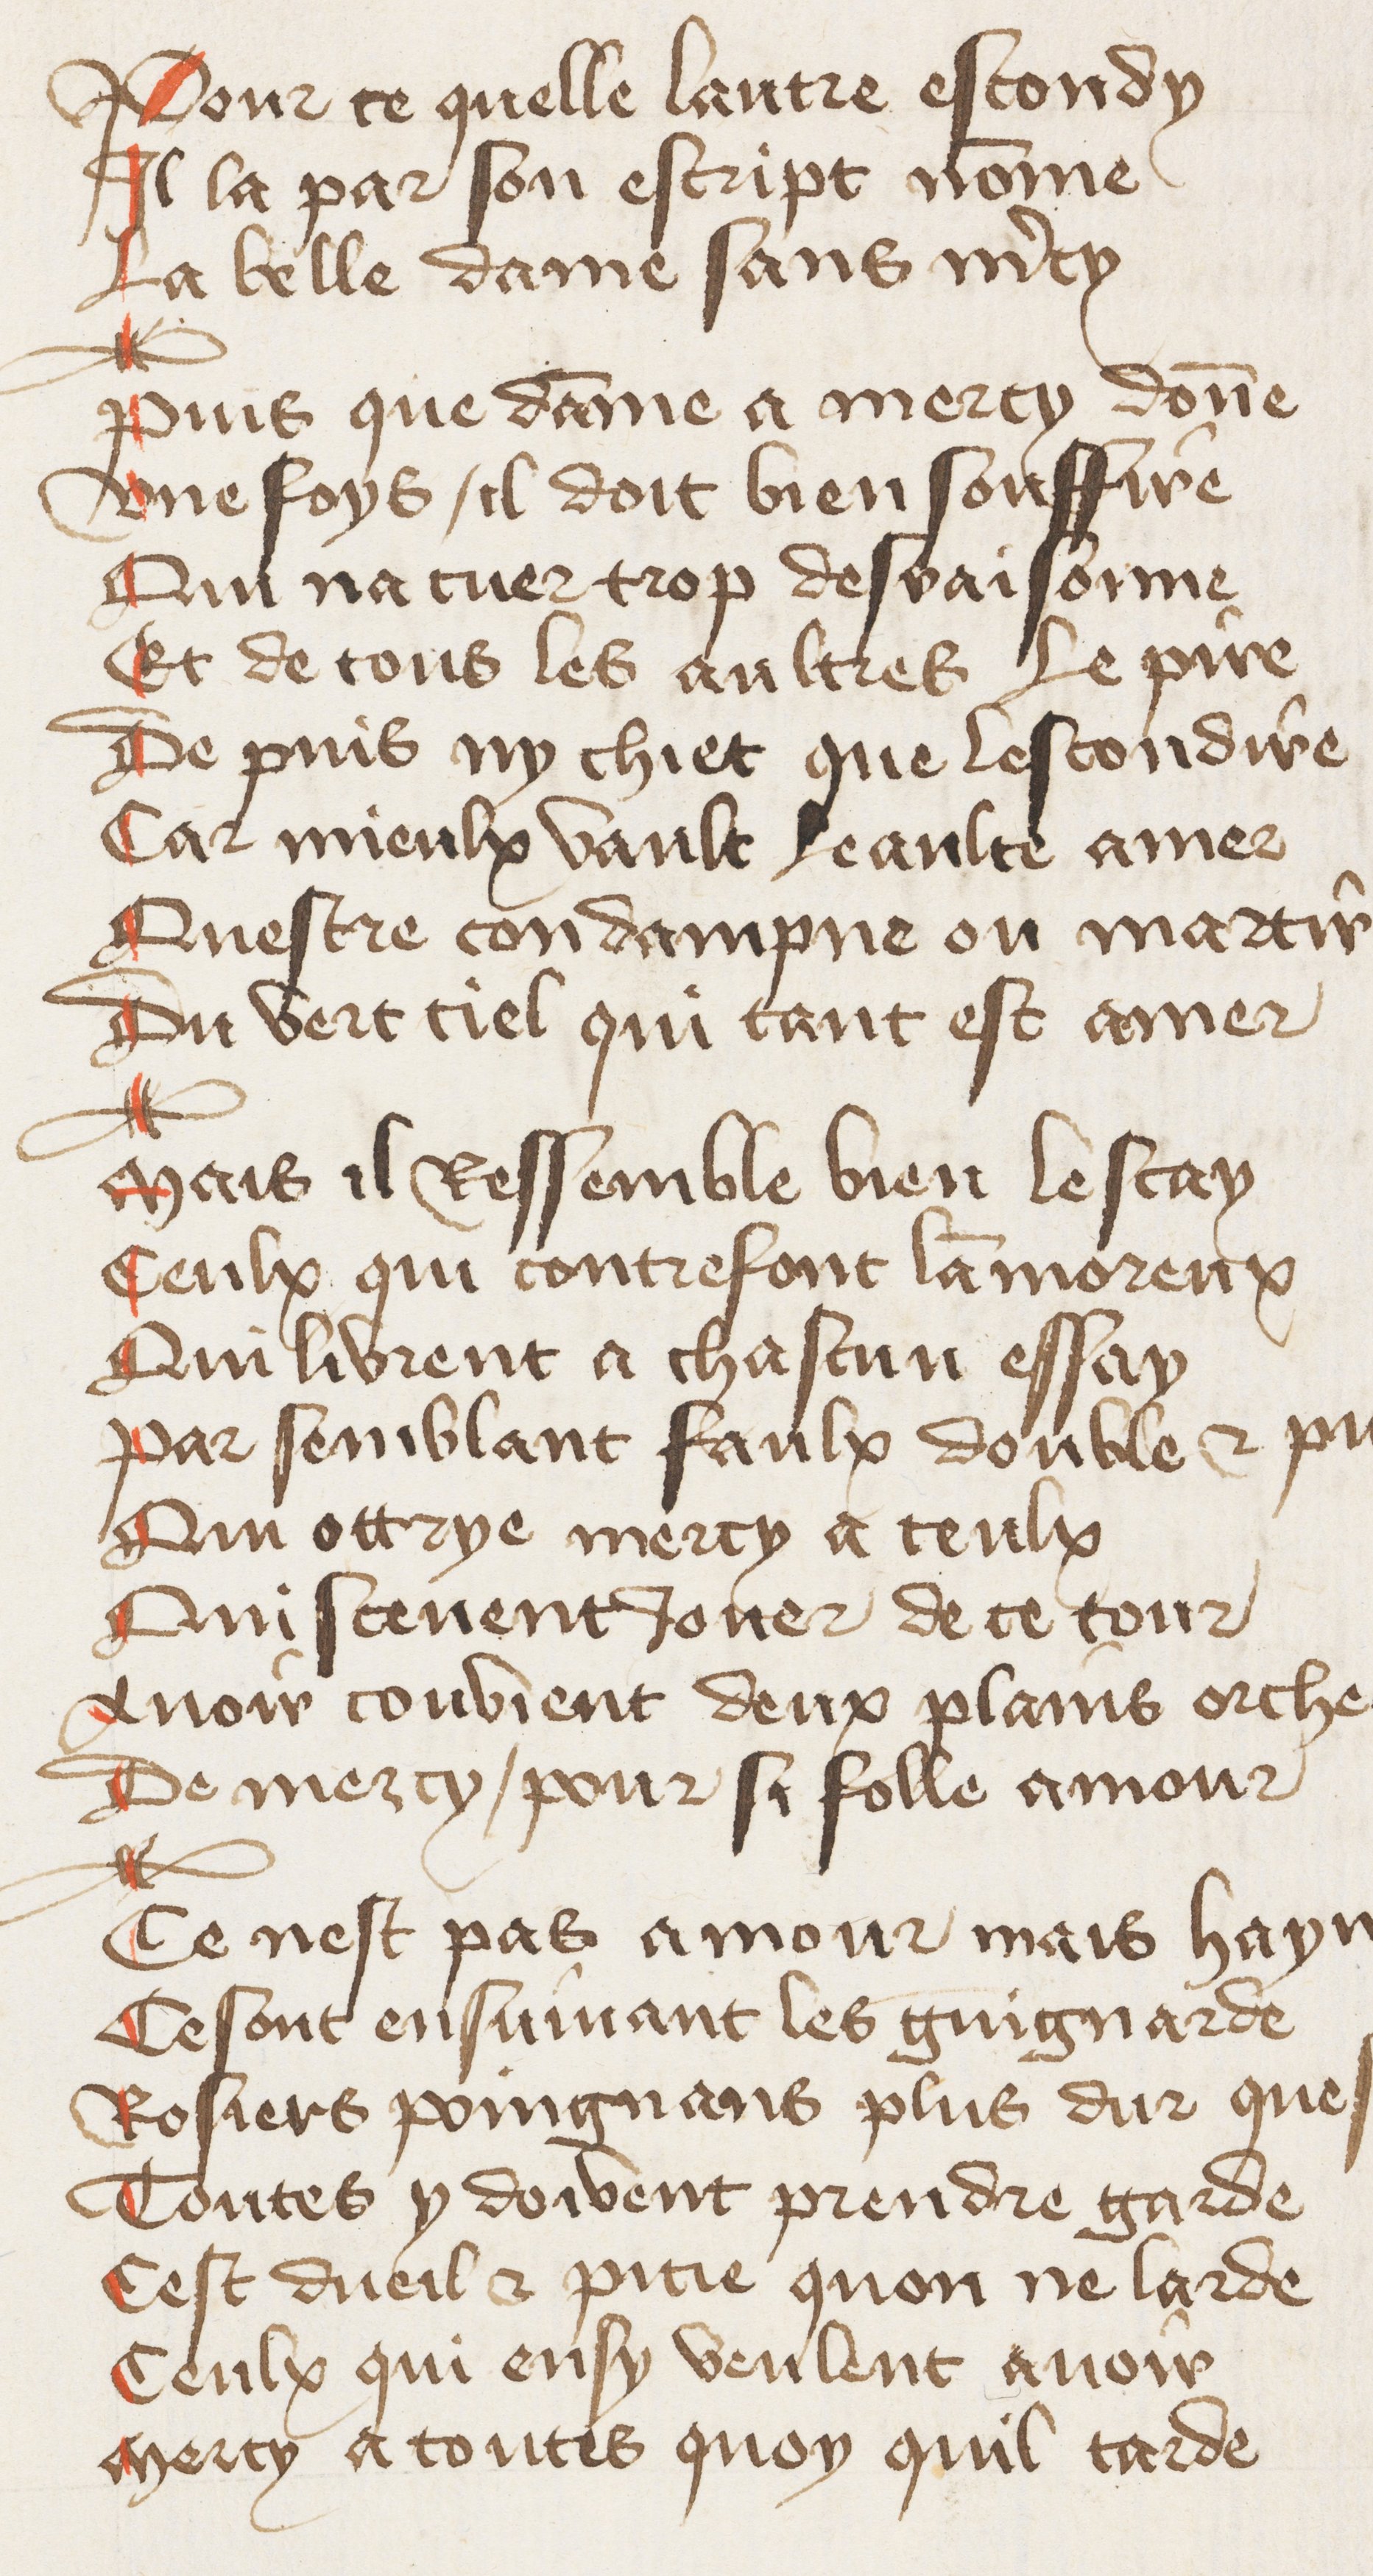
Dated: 1400–1449